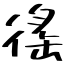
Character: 徭